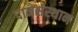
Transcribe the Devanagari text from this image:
दानसंस्थान